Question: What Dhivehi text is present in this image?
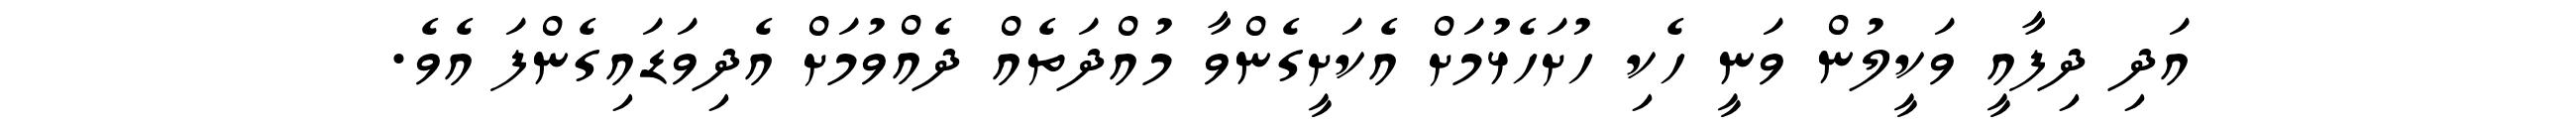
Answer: އަދި ދިފާއީ ވަކީލުން ވަނީ ހެކި ހުށަހެޅުމަށް އެކަށީގެންވާ މުއްދަތެއް ދެއްވުމަށް އެދިވަޑައިގެންފަ އެވެ.